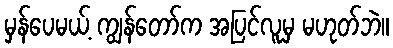
မှန်ပေမယ့် ကျွန်တော်က အပြင်လူမှ မဟုတ်ဘဲ။